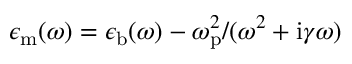
\epsilon _ { \mathrm { m } } ( \omega ) = \epsilon _ { \mathrm { b } } ( \omega ) - \omega _ { \mathrm { p } } ^ { 2 } / ( \omega ^ { 2 } + \mathrm { i } \gamma \omega )